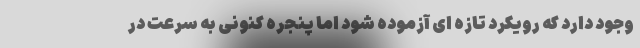
وجود دارد که رویکرد تازه ای آزموده شود اما پنجره کنونی به سرعت در